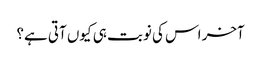
آخر اس کی نوبت ہی کیوں آتی ہے؟